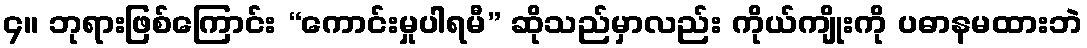
၄။ ဘုရားဖြစ်ကြောင်း “ကောင်းမှုပါရမီ” ဆိုသည်မှာလည်း ကိုယ်ကျိုးကို ပဓာနမထားဘဲ